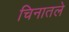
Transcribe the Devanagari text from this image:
चिनातले